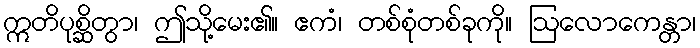
ဣတိပုစ္ဆိတွာ၊ ဤသို့မေး၏။ ဧကံ၊ တစ်စုံတစ်ခုကို။ ဩလောကေန္တာ၊